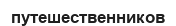
путешественников